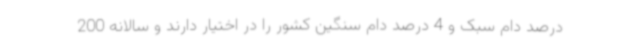
درصد دام سبک و 4 درصد دام سنگین کشور را در اختیار دارند و سالانه 200